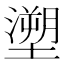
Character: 𭏺